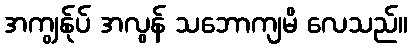
အကျွန်ုပ် အလွန် သဘောကျမိ လေသည်။